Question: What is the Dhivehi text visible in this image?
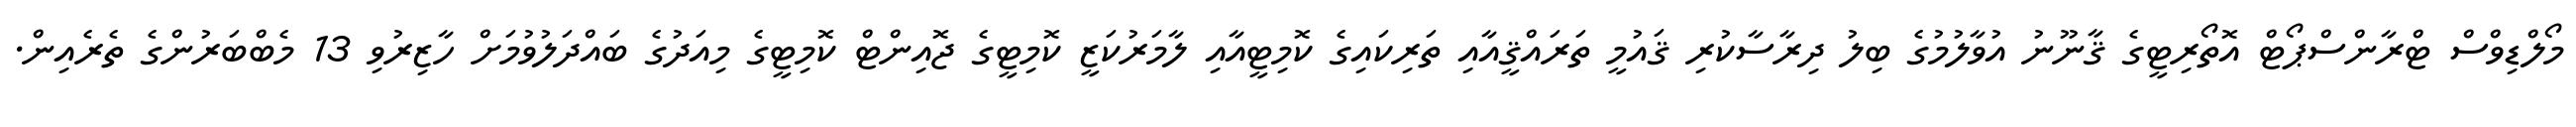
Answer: މޯލްޑިވްސް ޓްރާންސްޕޯޓް އޮތޯރިޓީގެ ޤާނޫނު އުވާލުމުގެ ބިލު ދިރާސާކުރި ޤައުމީ ތަރައްޤީއާއި ތަރިކައިގެ ކޮމިޓީއާއި ލާމަރުކަޒީ ކޮމިޓީގެ ޖޮއިންޓް ކޮމިޓީގެ މިއަދުގެ ބައްދަލުވުމަށް ހާޒިރުވި 13 މެބްބަރުންގެ ތެރެއިން.